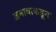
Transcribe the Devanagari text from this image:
जमावाकडून